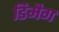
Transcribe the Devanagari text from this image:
डिमैग